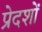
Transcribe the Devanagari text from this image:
प्रेदशों